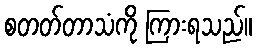
စတတ်တာသံကို ကြားရသည်။